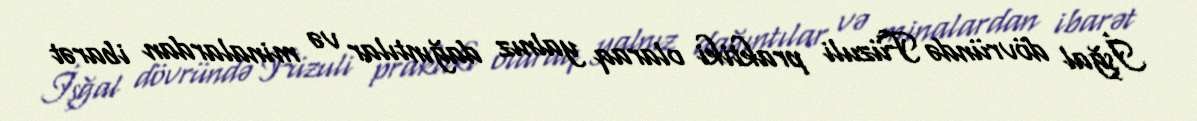
İşğal dövründə Füzuli praktiki olaraq yalnız dağıntılar və minalardan ibarət